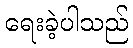
ရေးခဲ့ပါသည်